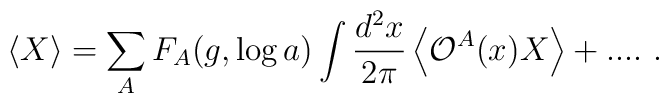
\left\langle X \right\rangle 	= \sum_{A} F_{A}(g,\log a)  	\int\frac{d^2x}{2\pi} \left\langle {\cal O}^A(x) X \right\rangle + ....\ .